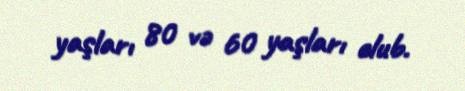
yaşları 80 və 60 yaşları olub.